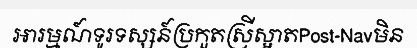
អារម្មណ៍ទូរទស្សន៍ប្រកួតស្រីស្អាតPost-Navមិន